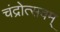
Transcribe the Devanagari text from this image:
चंद्रोत्सवम्